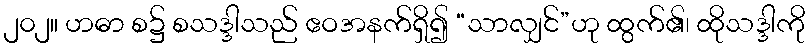
၂၀၂။ ဟဓာ စ၌ စသဒ္ဒါသည် ဧဝအနက်ရှိ၍ “သာလျှင်”ဟု ထွက်၏၊ ထိုသဒ္ဒါကို